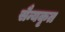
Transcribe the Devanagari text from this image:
सैन्यकृत